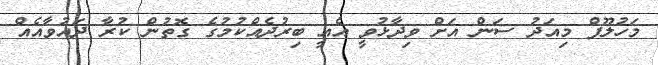
މަހުލޫފް މިއަދު ސަން އަށް ވިދާޅުވީ އެއީ ބިރުދެއްކުމުގެ ގޮތުން ކުރާ ދައުވާއެއް